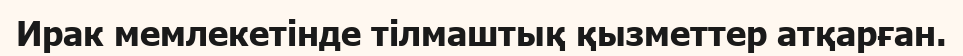
Ирак мемлекетінде тілмаштық қызметтер атқарған.